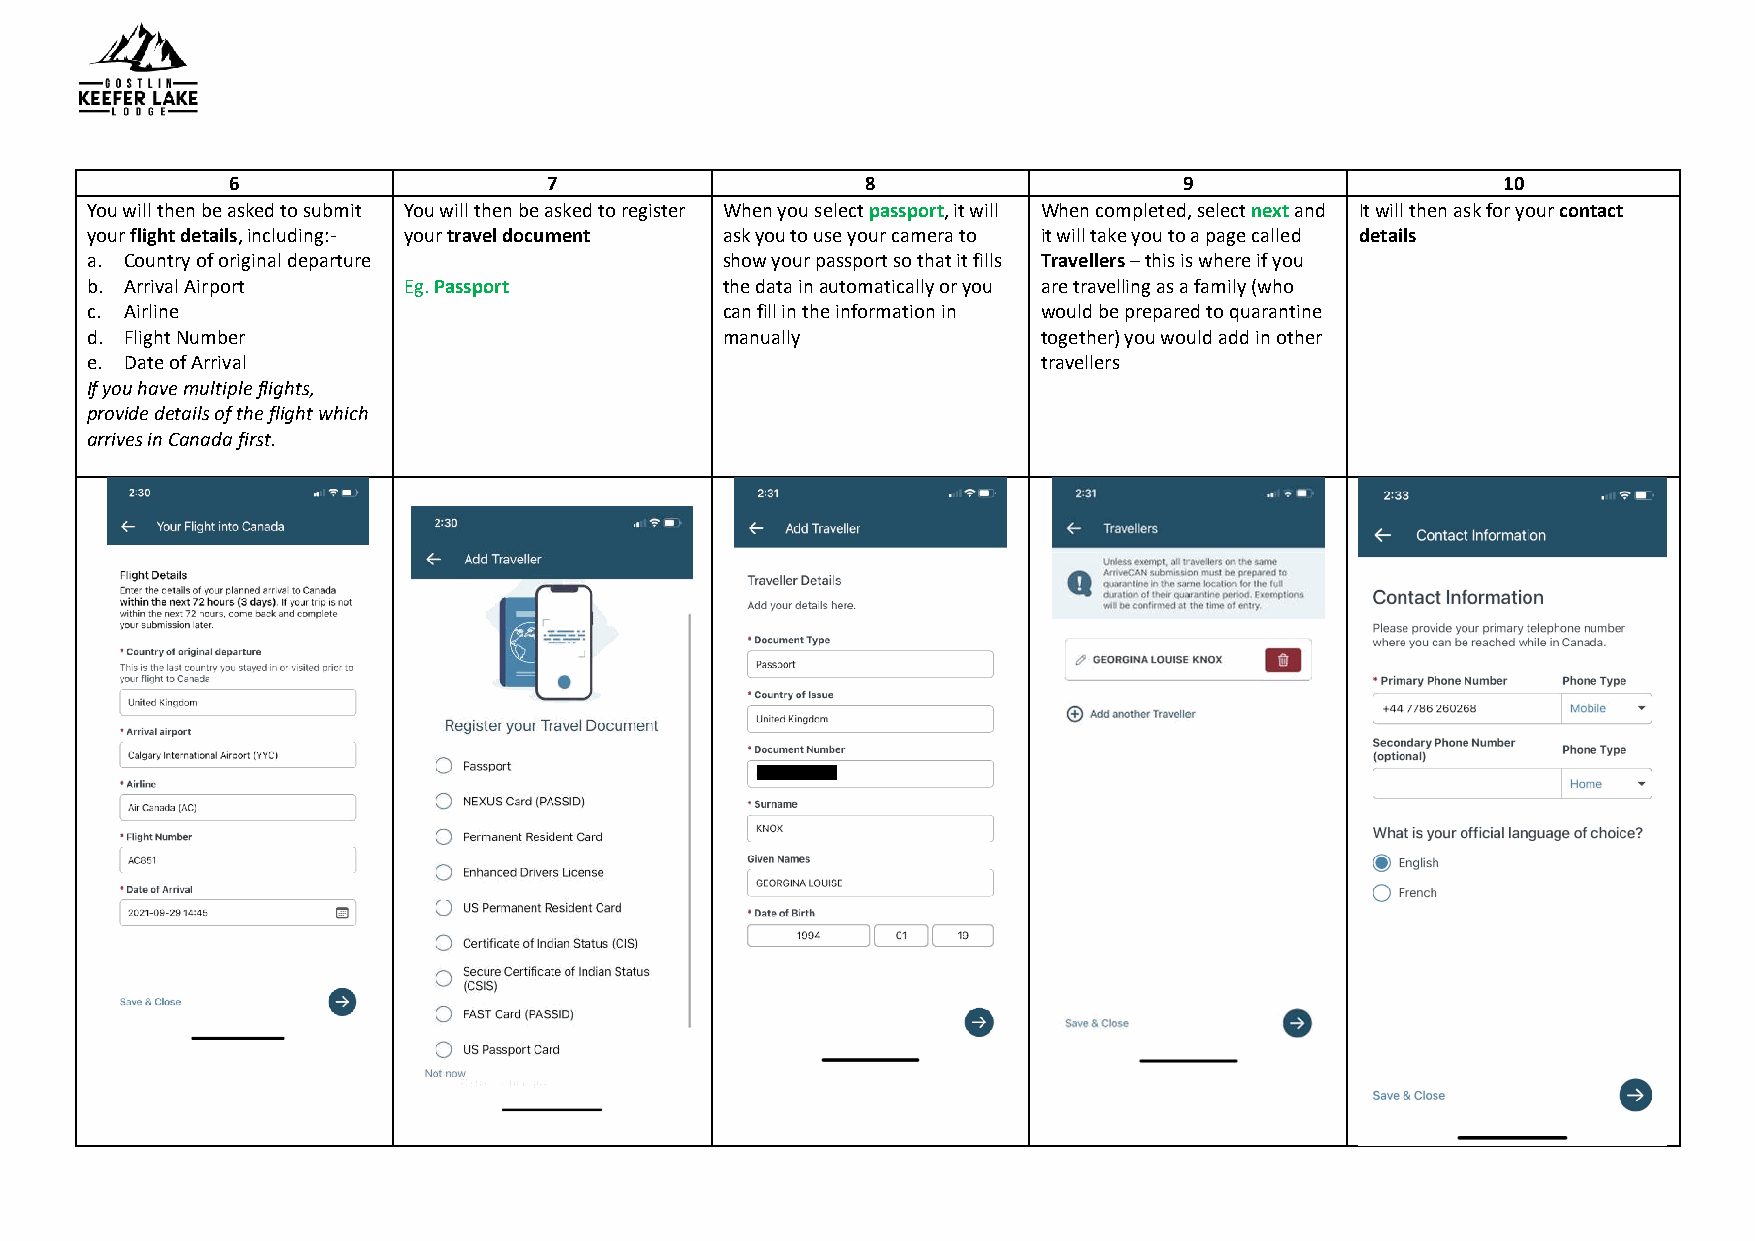
6                    7                    8                    9                    10
 You will then be asked to submit You will then be asked to register When you select passport, it will When completed, select next and It will then ask for your contact
 your flight details, including:- your travel document ask you to use your camera to it will take you to a page called details
 a. Country of original departure          show your passport so that it fills Travellers – this is where if you
 b. Arrival Airport   Eg. Passport         the data in automatically or you are travelling as a family (who
 c. Airline                                can fill in the information in would be prepared to quarantine
 d. Flight Number                          manually             together) you would add in other
 e. Date of Arrival                                             travellers
 If you have multiple flights,
 provide details of the flight which
 arrives in Canada first.